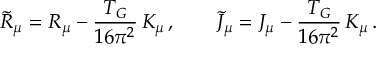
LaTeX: \tilde { R } _ { \mu } = R _ { \mu } - \frac { T _ { G } } { 1 6 \pi ^ { 2 } } \, { K } _ { \mu } \, , \qquad \tilde { \cal J } _ { \mu } = { \cal J } _ { \mu } - \frac { T _ { G } } { 1 6 \pi ^ { 2 } } \, { \cal K } _ { \mu } \, .